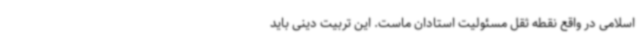
اسلامی در واقع نقطه ثقل مسئولیت استادان ماست. این تربیت دینی باید